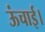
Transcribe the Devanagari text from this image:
ऊंचाई।